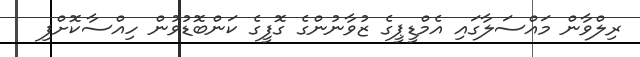
ރިލްވާން މައްސަލާގައި އެމްޑީޕީގެ ޒުވާނުންގެ ގޮފީގެ ކަންބޮޑުވުން ހިއްސާކޮށްފި